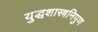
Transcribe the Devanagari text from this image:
युद्धशास्त्रनिपुण